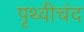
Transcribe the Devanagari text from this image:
पृथ्वीचंद